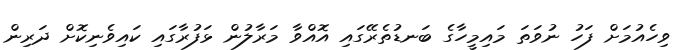
ވިހެއުމަށް ފަހު ނުވަތަ މައިމީހާގެ ބަނޑުތެރޭގައި އޮއްވާ މަރާލުން ޅަފުރާގައި ކައިވެނިކޮށް ދަރިން